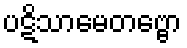
ပဋိသာမေတဗ္ဗော